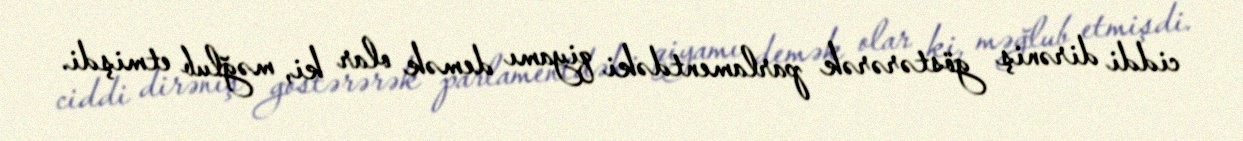
ciddi dirəniş göstərərək parlamentdəki qiyamı demək olar ki, məğlub etmişdi.